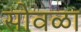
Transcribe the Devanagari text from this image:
सोवळा